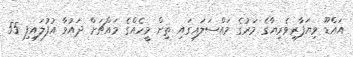
އައްޑޫ ވިޔަފާރިވެރިޔާގެ މަރުގެ މައްސަލައިގައި ތިން މީހެއްގެ މައްޗަށް ދައުވާ އުފުލައިފި 55